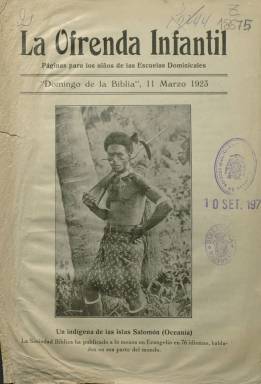
Título: La Ofrenda infantil
Colección: Revistas infantiles || Religión
Ámbito geográfico: Madrid
Lugar de publicación: Madrid
Fechas: 11/03/1923-11/03/1923

“Páginas para los niños de las Escuelas Dominicales” es el subtítulo de esta publicación, de la que la Biblioteca Nacional de España (BNE) sólo dispone de una entrega sin indicación de secuencia numérica, correspondiente al 11 de marzo de 1923. Es de cuatro páginas, compuestas a dos columnas y estampada en la Imprenta A. Marzo. Se desconoce la periodicidad que pudo tener. Contiene un par de textos destinados a la lectura infantil concernientes a asuntos bíblicos, el primero bajo el epígrafe La historia de un Evangelio, y el segundo, La hermana de Moisés y el sobrino de Pablo. Contiene también un par de fotograbados y un listado de las aportaciones de una treintena de Escuelas Dominicales y Sociedades de Esfuerzo Cristiano establecidas en diversas ciudades españolas en esos años. Estas sociedades y escuelas forman parte de un movimiento cristiano nacido en torno a 1880-1881 en Estados Unidos y que se extendió en las iglesias presbiteriana, calvinista y anglicana, y que a finales del siglo diecinueve ya había llegado a España, conociéndose que el pastor protestante Carlos Jaiful editó la primera publicación periódica de la misma con el título El Esfuerzo cristiano (Madrid: 1903).